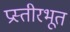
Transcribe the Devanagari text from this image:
प्रस्तीरभूत